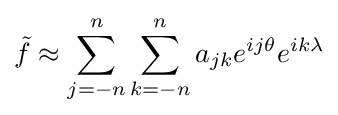
{\tilde {f}}\approx \sum _{j=-n}^{n}\sum _{k=-n}^{n}a_{jk}e^{ij\theta }e^{ik\lambda }